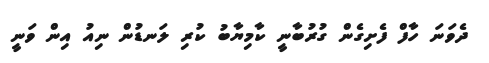
ދެވަނަ ހާފް ފެށިގެން ގުރުބާނީ ކާމިޔާބު ކުރި ލަނޑުން ނިއު އިން ވަނީ